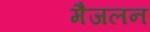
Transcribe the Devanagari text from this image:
मैजलन